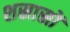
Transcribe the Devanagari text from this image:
शस्रास्रों